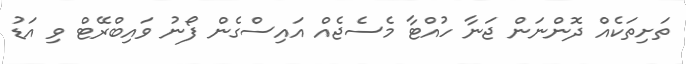
ތަށިތަކެއް ދޮންނަން ޖަނާ ހުއްޓާ މެސެޖެއް އައިސްގެން ފޯނު ވައިބްރޭޓް ވި އަޑު